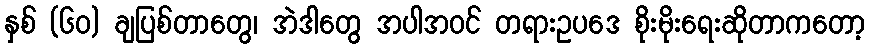
နှစ် (၆၀) ချပြစ်တာတွေ၊ အဲဒါတွေ အပါအဝင် တရားဥပဒေ စိုးမိုးရေးဆိုတာကတော့